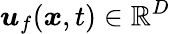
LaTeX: \boldsymbol{u}_{f}(\boldsymbol{x},t)\in\mathbb{R}^{D}